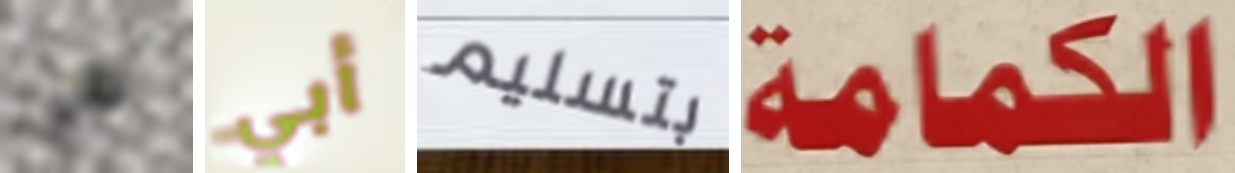
هي أبي بتسليم الكمامة